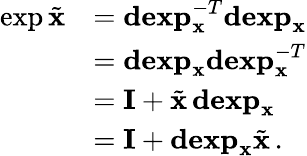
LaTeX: \begin{array}{rl}{\exp\tilde{\mathbf{x}}}&{=\mathbf{dexp}_{\mathbf{x}}^{-T}\mathbf{dexp}_{\mathbf{x}}}\\ &{=\mathbf{dexp}_{\mathbf{x}}\mathbf{dexp}_{\mathbf{x}}^{-T}}\\ &{=\mathbf{I}+\tilde{\mathbf{x}}\, \mathbf{dexp}_{\mathbf{x}}}\\ &{=\mathbf{I}+\mathbf{dexp}_{\mathbf{x}}\tilde{\mathbf{x}}\, .}\end{array}